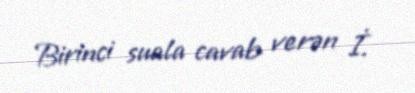
Birinci suala cavab verən İ.